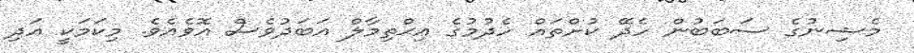
މެޝިނުގެ ސަބަބުން ހެދޭ ކުށްތައް ހެދުމުގެ އިޙްތިމާލް އަބަދުވެސް އޮވެއެވެ. މިކަމަކީ އަދި